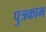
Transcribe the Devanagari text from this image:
पुत्रकाम